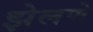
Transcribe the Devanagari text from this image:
झेलणे